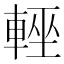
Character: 𨌻